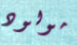
مولود